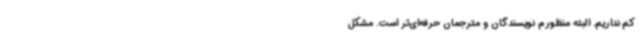
کم نداریم. البته منظورم نویسندگان و مترجمان حرفه‌ای‌تر است. مشکل